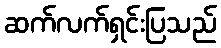
ဆက်လက်ရှင်းပြသည်